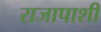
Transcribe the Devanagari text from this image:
राजापाशी